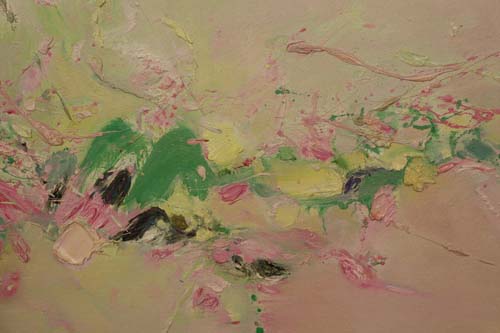
春色恼人眠不得，月移花影上栏干。